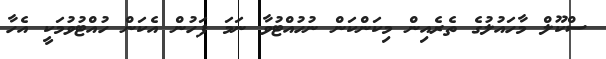
ސްކޫލް މާހައުލުގެ ތެރެއިން މިކަންކަން ނުހުއްޓުވާ ނަމަ ފަހުން އެކަން ހުއްޓުވުމަކީ އެހާ